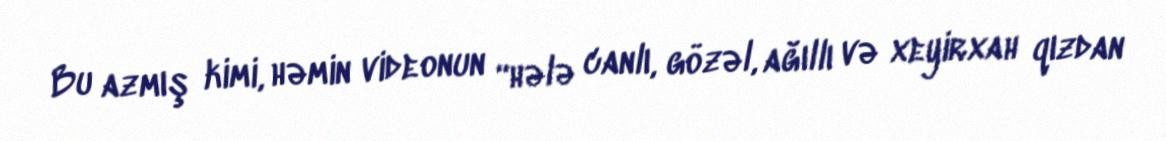
Bu azmış kimi, həmin videonun “hələ canlı, gözəl, ağıllı və xeyirxah qızdan